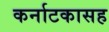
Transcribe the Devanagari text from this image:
कर्नाटकासह